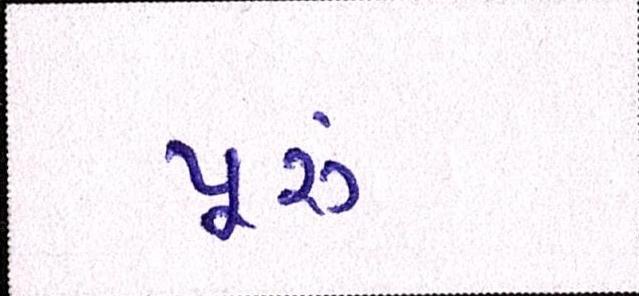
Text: પૂ્રું